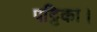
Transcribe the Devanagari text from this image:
पट्टिका।